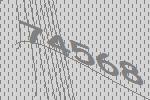
74568